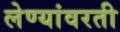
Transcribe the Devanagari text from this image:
लेण्यांवरती